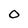
Character: 0